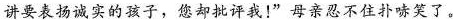
讲要表扬诚实的孩子，您却批评我！”母亲忍不住扑哧笑了。